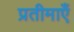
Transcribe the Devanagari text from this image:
प्रतीमाएँ